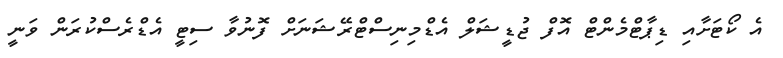
އެ ކޯޓަށާއި ޑިޕާޓްމެންޓް އޮފް ޖުޑީޝަލް އެޑްމިނިސްޓްރޭޝަނަށް ފޮނުވާ ސިޓީ އެޑްރެސްކުރަން ވަނީ